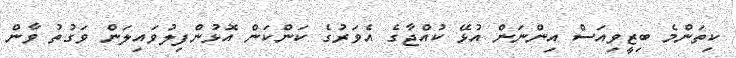
ކިތަންމެ ބިޒީވިއަސް އިންނަން އުޅޭ ކުއްޖާގެ އެވަރުގެ ކަންކަން އޮޅުންފިލުވައިލަން ވަގުތު ވާން